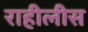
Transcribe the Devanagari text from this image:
राहीलीस